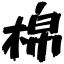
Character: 棉